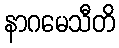
နာဂမေသီတိ